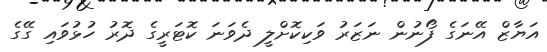
އަޔާޒް އޭނަގެ ފޯނުން ނަޒަރު ވަކިކޮށްލީ ދެވަނަ ކޮޓަރީގެ ދޮރު ހުޅުވައި ގޭގެ